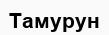
Тамурун